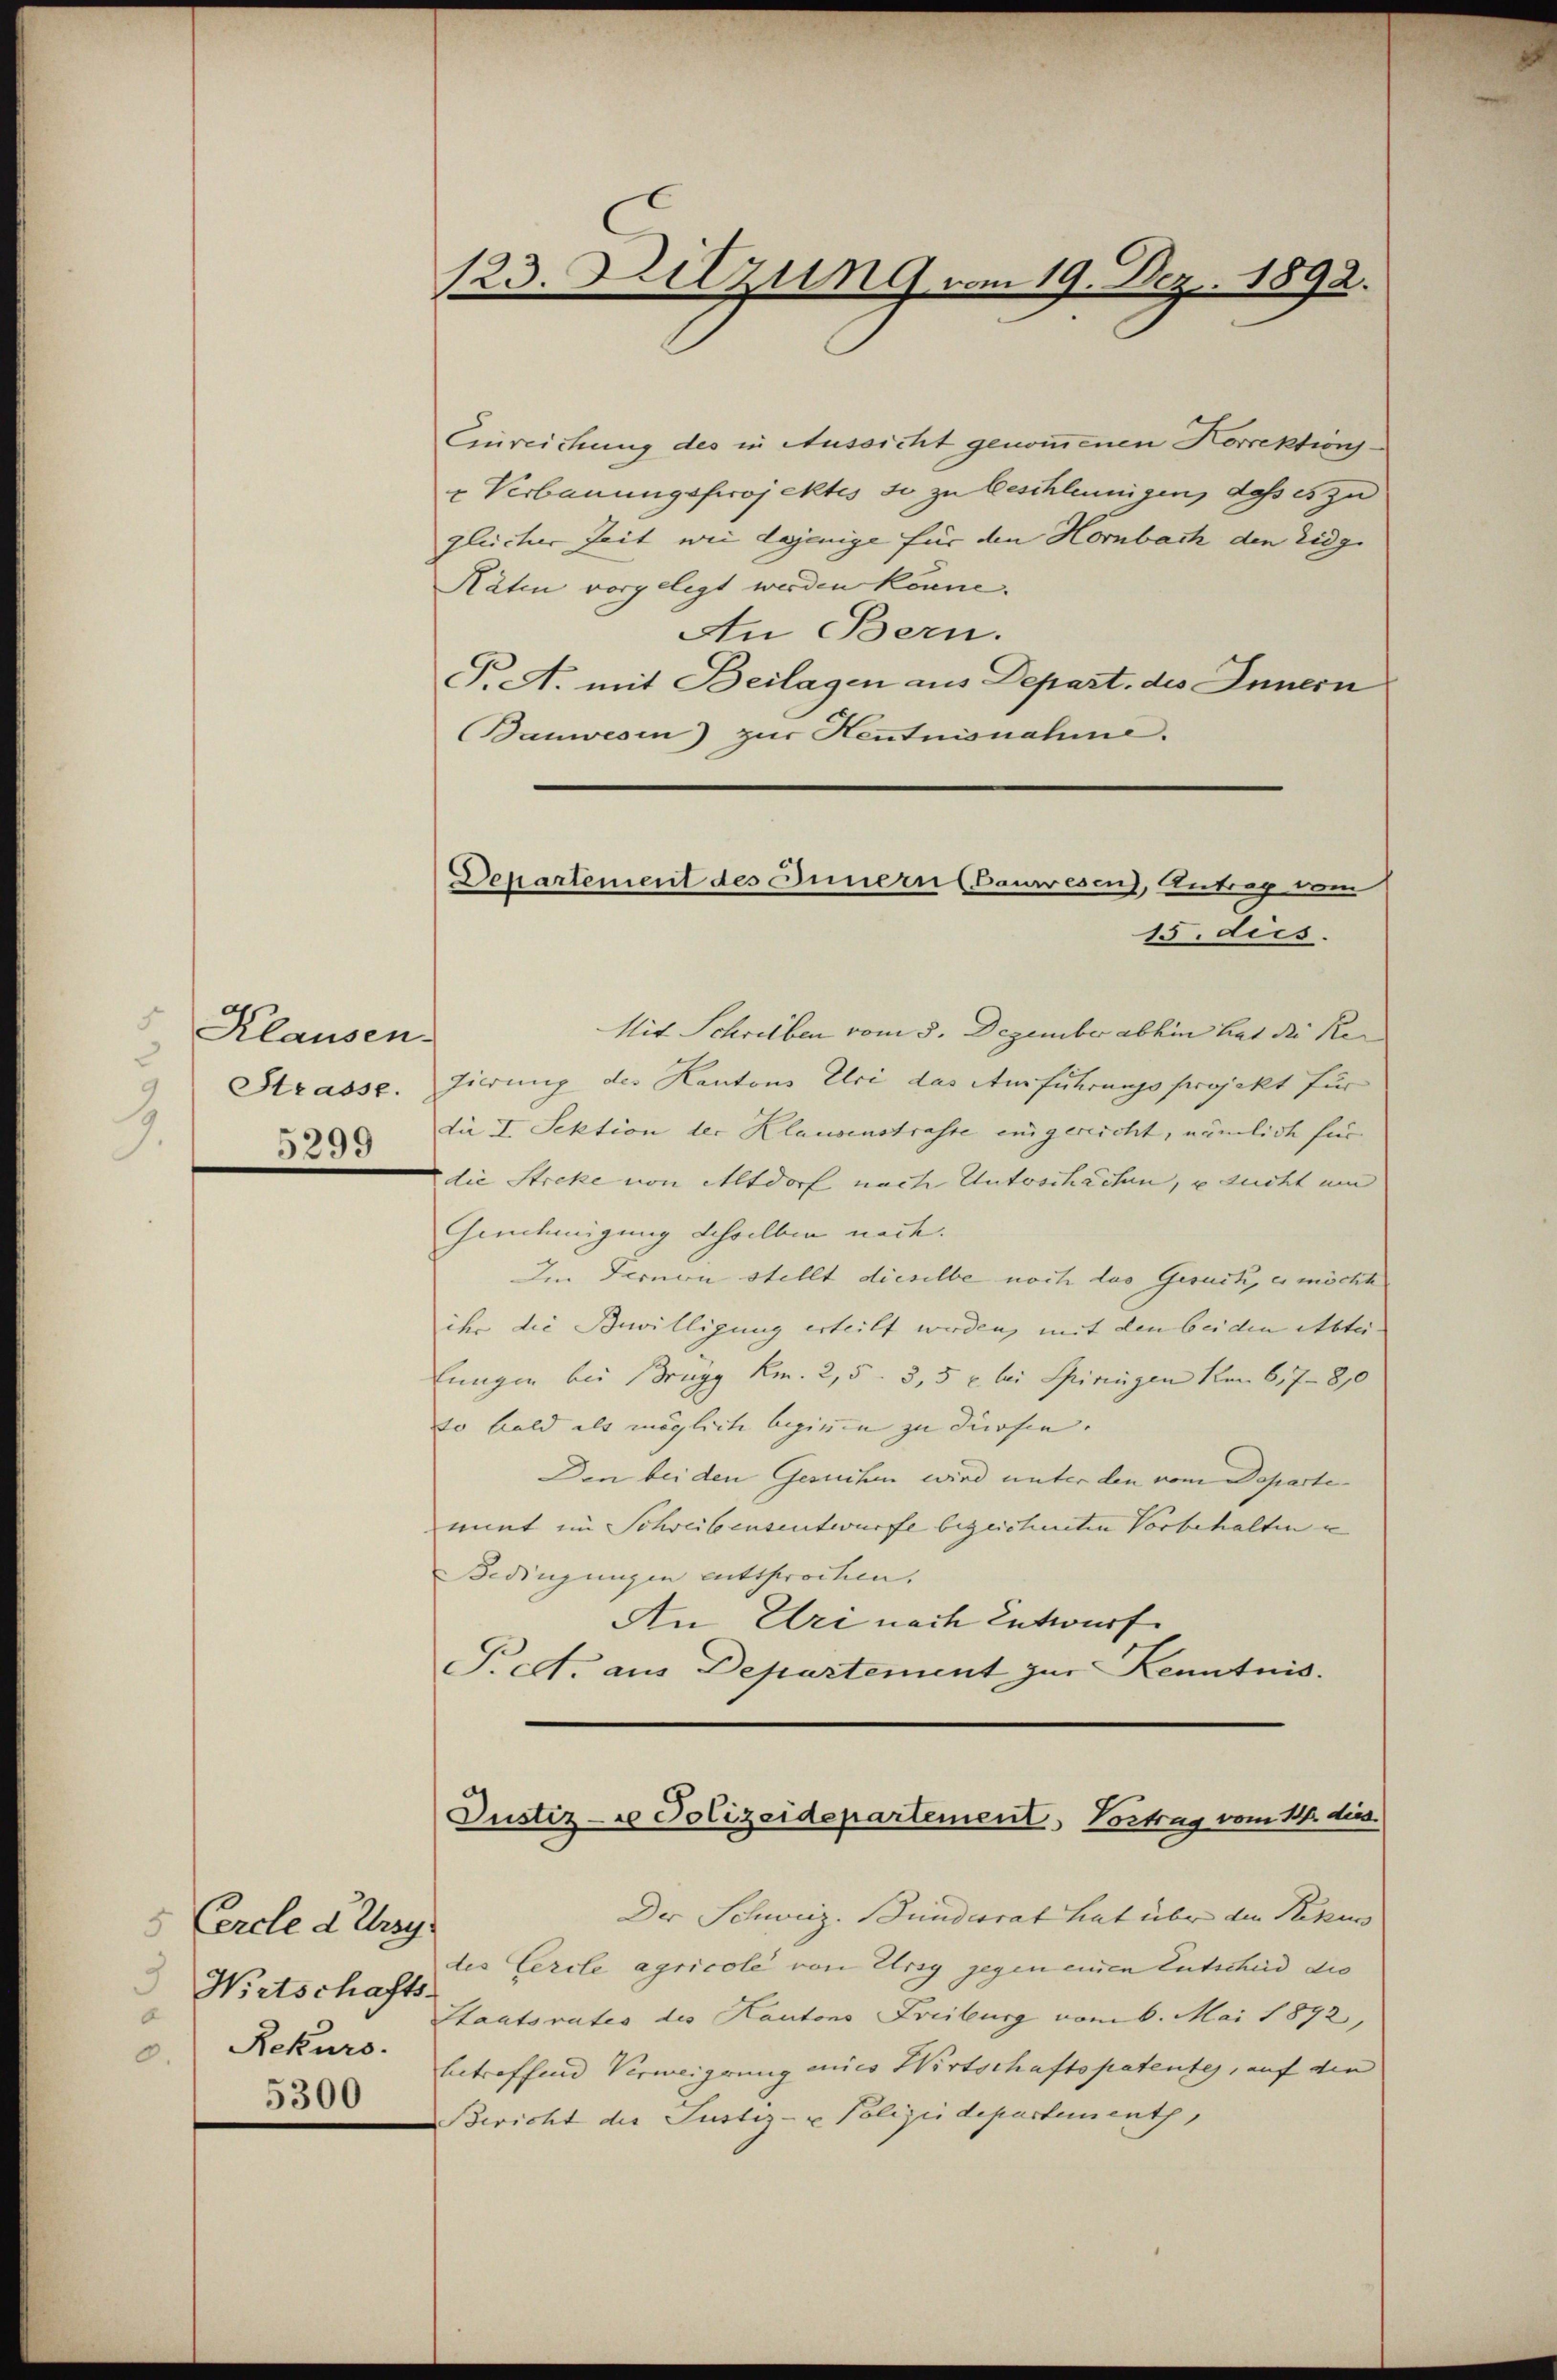
Klausen-
Strasse.
5299

5 Cercle drey
9
Wirtschafts-
d
Rekurs.
.
5300

123. Dilzung vom 19. Dez. 1892.

Einreichung des in Aussicht genommenen Korrektions-
u Verbauungsprojektes so zu beschleunigen, dass es zu
gleicher Zeit wie dejenige für den Horbach den Eidg.
Räten vorgelegt werden könne.
An Bern.
P.A. mit Beilagen aus Depart. des Innern
Bauwesen) zur Hentnisnahme.
15. dies.
Mit Schreiben vom 5. Dezember abhin hat die Re
tierung der Kantons Elci das Ausführungsprojekt für
die I. Sektion der Klausenstrasse eingereicht, nämlich für
die Streke von Altdorf nach Unterschächen, u zucht um
Genehmigung desselben nach.
Im Fernen stellt dieselbe noch das Gesuch, es möchte
ihr die Bewilligung erteilt werden, mit den bei den Abtei
lungen bei Brugg Km. 2,5. 3, 5 c. bei Spiringen von 617 - 890
so bald als mögliche beginnen zu dürfen. |
Den bei den Gesuchen wird unter den vom Departe-
mat im Schreibensentwürfe bezeichneten Vorbehaltene
Bedingungen entsprochen.
An Uri nach Entwurf
Predt aus Departement zur Kenntnis.

Departement des Innern (Bauwesen), Antrag vom

Justiz- & Polizeidepartement, Vortrag vom 14. dies

Der Schweiz. Bundesrat hat über den Rekurs
des Cercle agricoli von Ursy gegen einen Entscheid die
Staatsrates des Kantons Freiburg vom 6. Mai 1872,
betreffend Verweigerung eines Wirtschaftspatentes, auf die
Bericht der Justiz- u Polizeidepartement,